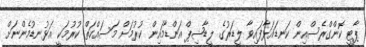
ޕާޓީ ކޮންގްރެސްއިން ކަނޑައަޅާފައިވާ ލީޑަރުގެ ލީޑާޝިޕް އަންޑާމައިން ކުރުމަށް މަސައްކަތް ކުރުމަކީ އަޅުނޑުމެންނަށް